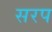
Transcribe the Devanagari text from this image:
सरप